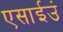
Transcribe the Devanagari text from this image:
एसाईउं